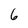
Character: 6